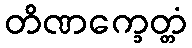
တိဏက္ခေတ္တံ